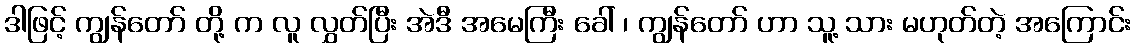
ဒါဖြင့် ကျွန်တော် တို့ က လူ လွှတ်ပြီး အဲဒီ အမေကြီး ခေါ် ၊ ကျွန်တော် ဟာ သူ့ သား မဟုတ်တဲ့ အကြောင်း